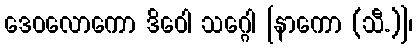
ဒေဝလောကော ဒိဝေါ သဂ္ဂေါ [နာကော (သီ.)]၊